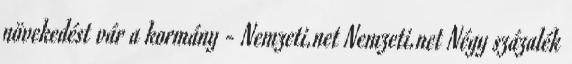
növekedést vár a kormány - Nemzeti.net Nemzeti.net Négy százalék